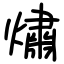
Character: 熽